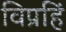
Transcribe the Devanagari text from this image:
विप्रहिं